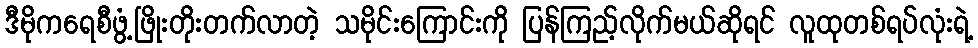
ဒီမိုကရေစီဖွံ့ဖြိုးတိုးတက်လာတဲ့ သမိုင်းကြောင်းကို ပြန်ကြည့်လိုက်မယ်ဆိုရင် လူထုတစ်ရပ်လုံးရဲ့